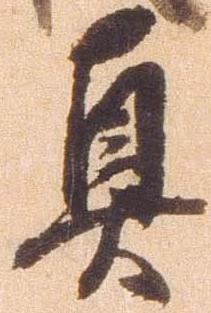
真